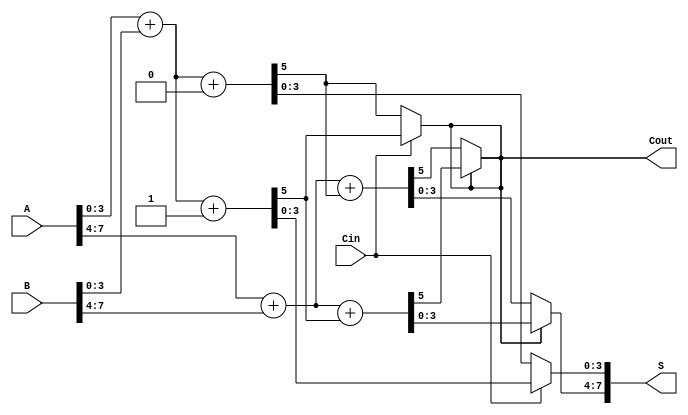
module carry_select_adder (
    input [7:0] A,        // 8-bit input A
    input [7:0] B,        // 8-bit input B
    input Cin,            // Carry-in
    output reg [7:0] S,   // 8-bit sum output
    output reg Cout       // Carry-out
);

    // Internal signals for the first 4-bit block
    wire [3:0] A0 = A[3:0];
    wire [3:0] B0 = B[3:0];
    wire [4:0] S0, S0_prime; // Sums for Cin = 0 and Cin = 1
    wire C0, C0_prime;       // Carry outputs for Cin = 0 and Cin = 1

    // Internal signals for the second 4-bit block
    wire [3:0] A1 = A[7:4];
    wire [3:0] B1 = B[7:4];
    wire [4:0] S1, S1_prime; // Sums for Cin = 0 and Cin = 1
    wire C1, C1_prime;       // Carry outputs for Cin = 0 and Cin = 1

    // Compute the first block sums and carries
    assign {C0, S0} = A0 + B0 + 0; // Sum with Cin = 0
    assign {C0_prime, S0_prime} = A0 + B0 + 1; // Sum with Cin = 1

    // Compute the second block sums and carries
    assign {C1, S1} = A1 + B1 + C0; // Sum with Cin = C0
    assign {C1_prime, S1_prime} = A1 + B1 + C0_prime; // Sum with Cin = C0'

    // Mux selection for the first block
    always @(*) begin
        if (Cin == 0) begin
            S[3:0] = S0;
            Cout = C0;
        end else begin
            S[3:0] = S0_prime;
            Cout = C0_prime;
        end
    end

    // Mux selection for the second block
    always @(*) begin
        if (Cout == 0) begin
            S[7:4] = S1;
            Cout = C1;
        end else begin
            S[7:4] = S1_prime;
            Cout = C1_prime;
        end
    end

endmodule